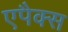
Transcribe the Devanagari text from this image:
एपैक्स